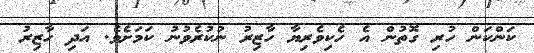
ކަންކަން ހުރި ގޮތުން އެ ހެކިވެރިޔާ ހާޒިރު ނުކުރެވުނު ކަމަށެވެ. އަދި ހާޒިރު